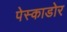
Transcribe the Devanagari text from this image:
पेस्काडोर